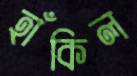
হাঁকিল